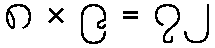
၈ × ၉ = ၇၂